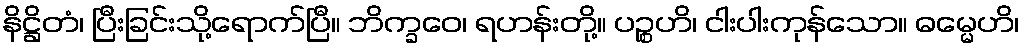
နိဋ္ဌိတံ၊ ပြီးခြင်းသို့ရောက်ပြီ။ ဘိက္ခဝေ၊ ရဟန်းတို့။ ပဉ္စဟိ၊ ငါးပါးကုန်သော။ ဓမ္မေဟိ၊